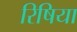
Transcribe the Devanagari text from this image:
रिषिया